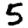
Digit: 5